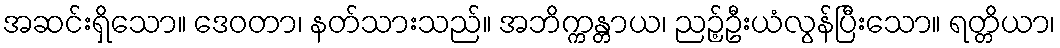
အဆင်းရှိသော။ ဒေဝတာ၊ နတ်သားသည်။ အဘိက္ကန္တာယ၊ ညဉ့်ဦးယံလွန်ပြီးသော။ ရတ္တိယာ၊